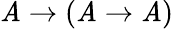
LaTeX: \mathit{A}\to(\mathit{A}\to\mathit{A})